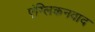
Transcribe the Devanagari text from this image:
एंग्लिकनवाद